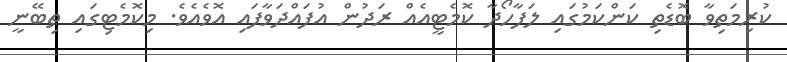
ކުރިމަތިވާ ބޮޑެތި ކަންކަމުގައި ލަފާހޯދާ ކޮމެޓީއެއް ރަދުން އުފައްދަވާފައި އޮވެއެވެ. މިކޮމެޓިގައި ތިބޭނީ